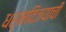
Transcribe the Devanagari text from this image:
धर्मविजयाची